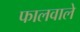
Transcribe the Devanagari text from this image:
फालवाले